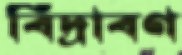
বিদ্রাবণ